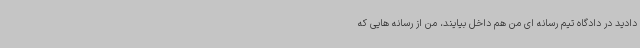
دادید در دادگاه تیم رسانه ای من هم داخل بیایند، من از رسانه هایی که